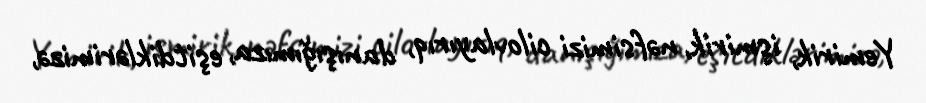
Yemirik, işmirik, nəfsimizi cilovlayırıq, danışığımıza, eşitdiklərimizə,